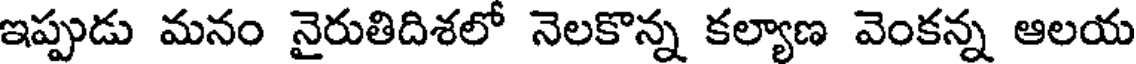
ఇప్పుడు మనం నైరుతిదిశలో నెలకొన్న కల్యాణ వెంకన్న ఆలయ